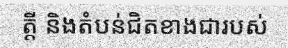
ត្តី និងតំបន់ជិតខាងជារបស់